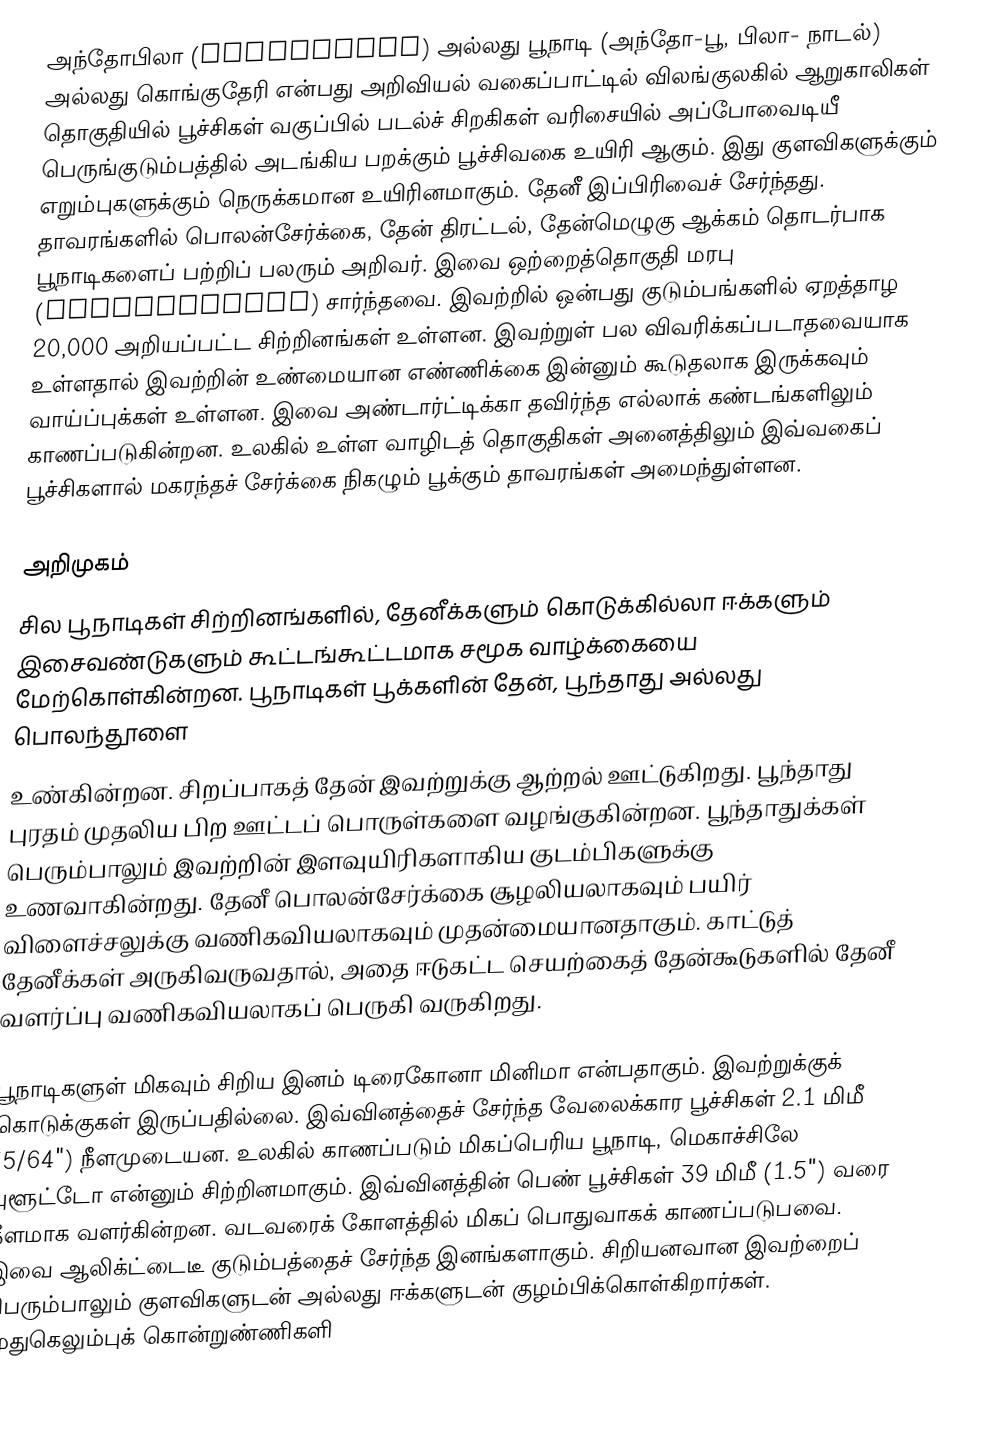
அந்தோபிலா (Anthophila)  அல்லது பூநாடி (அந்தோ-பூ, பிலா- நாடல்) அல்லது கொங்குதேரி என்பது அறிவியல் வகைப்பாட்டில் விலங்குலகில் ஆறுகாலிகள் தொகுதியில் பூச்சிகள் வகுப்பில் படல்ச் சிறகிகள் வரிசையில் அப்போவைடியீ பெருங்குடும்பத்தில் அடங்கிய பறக்கும் பூச்சிவகை உயிரி ஆகும். இது குளவிகளுக்கும் எறும்புகளுக்கும் நெருக்கமான உயிரினமாகும். தேனீ இப்பிரிவைச் சேர்ந்தது. தாவரங்களில் பொலன்சேர்க்கை, தேன் திரட்டல், தேன்மெழுகு ஆக்கம் தொடர்பாக பூநாடிகளைப் பற்றிப் பலரும் அறிவர். இவை ஒற்றைத்தொகுதி மரபு (monophyletic) சார்ந்தவை. இவற்றில் ஒன்பது குடும்பங்களில் ஏறத்தாழ 20,000 அறியப்பட்ட சிற்றினங்கள் உள்ளன. இவற்றுள் பல விவரிக்கப்படாதவையாக உள்ளதால் இவற்றின் உண்மையான எண்ணிக்கை இன்னும் கூடுதலாக இருக்கவும் வாய்ப்புக்கள் உள்ளன. இவை அண்டார்ட்டிக்கா தவிர்ந்த எல்லாக் கண்டங்களிலும் காணப்படுகின்றன. உலகில் உள்ள வாழிடத் தொகுதிகள் அனைத்திலும் இவ்வகைப் பூச்சிகளால் மகரந்தச் சேர்க்கை நிகழும் பூக்கும் தாவரங்கள் அமைந்துள்ளன.

அறிமுகம்
சில பூநாடிகள் சிற்றினங்களில், தேனீக்களும் கொடுக்கில்லா ஈக்களும் இசைவண்டுகளும் கூட்டங்கூட்டமாக சமூக வாழ்க்கையை மேற்கொள்கின்றன. பூநாடிகள் பூக்களின் தேன், பூந்தாது அல்லது பொலந்தூளை
உண்கின்றன. சிறப்பாகத் தேன் இவற்றுக்கு ஆற்றல் ஊட்டுகிறது.  பூந்தாது புரதம் முதலிய பிற ஊட்டப் பொருள்களை வழங்குகின்றன. பூந்தாதுக்கள் பெரும்பாலும் இவற்றின் இளவுயிரிகளாகிய  குடம்பிகளுக்கு உணவாகின்றது. தேனீ பொலன்சேர்க்கை சூழலியலாகவும் பயிர் விளைச்சலுக்கு வணிகவியலாகவும் முதன்மையானதாகும். காட்டுத் தேனீக்கள் அருகிவருவதால், அதை ஈடுகட்ட செயற்கைத் தேன்கூடுகளில் தேனீ வளர்ப்பு வணிகவியலாகப் பெருகி வருகிறது.

பூநாடிகளுள் மிகவும் சிறிய இனம் டிரைகோனா மினிமா என்பதாகும். இவற்றுக்குக் கொடுக்குகள் இருப்பதில்லை. இவ்வினத்தைச் சேர்ந்த வேலைக்கார பூச்சிகள் 2.1 மிமீ (5/64") நீளமுடையன. உலகில் காணப்படும் மிகப்பெரிய பூநாடி, மெகாச்சிலே புளூட்டோ என்னும் சிற்றினமாகும். இவ்வினத்தின் பெண் பூச்சிகள் 39 மிமீ (1.5") வரை நீளமாக வளர்கின்றன. வடவரைக் கோளத்தில் மிகப் பொதுவாகக் காணப்படுபவை. இவை ஆலிக்ட்டைடீ குடும்பத்தைச் சேர்ந்த இனங்களாகும். சிறியனவான இவற்றைப் பெரும்பாலும் குளவிகளுடன் அல்லது ஈக்களுடன் குழம்பிக்கொள்கிறார்கள். முதுகெலும்புக் கொன்றுண்ணிகளி